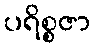
ပရိစ္စဇာ